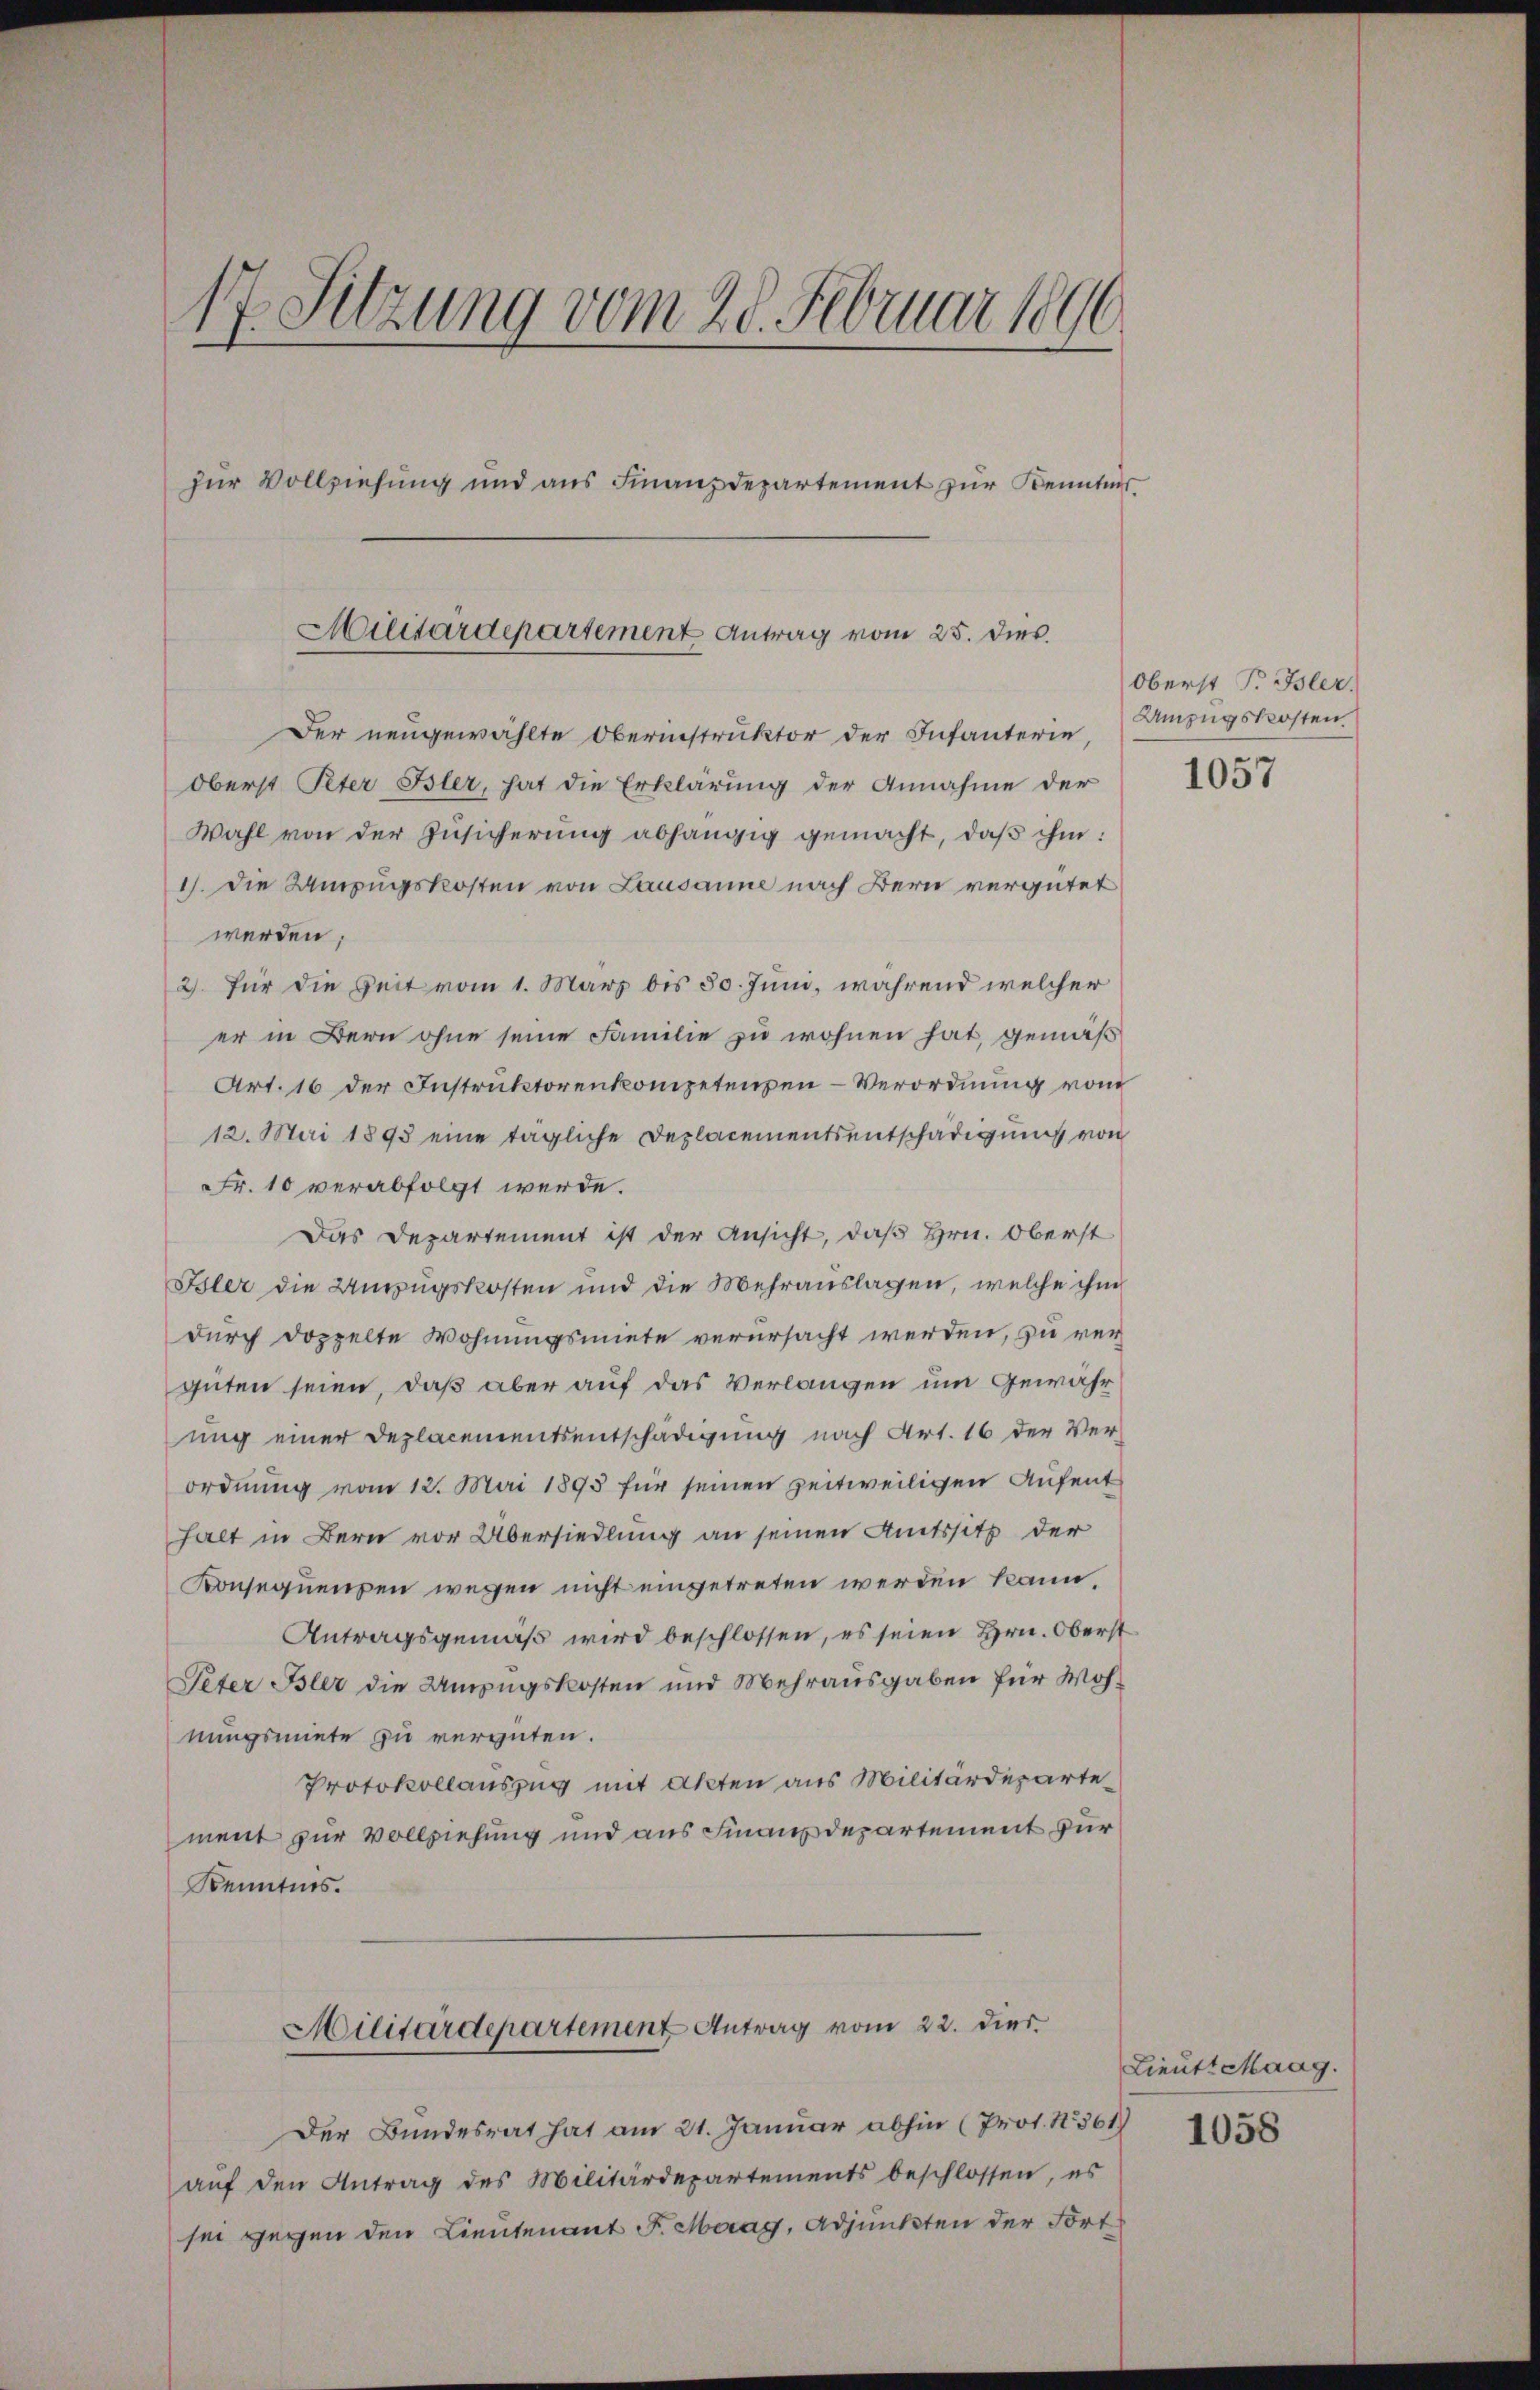
17. Sitzung vom 28. Februar 1896
zur Vollziehung und aus Finanzdepartement zur Kenntnis
Militärdepartement Antrag vom 25. dies.

Der neugewählte Oberinstruktor der Infanterie,
Oberst Peter Bler, hat die Erklärung der Annahme der
Wahl von der Zŭsicherŭng abhängig gemacht, daβ ihm:
1). Die Umzugskosten von Lausanne nach Bern vergütet
werden;
2) für die Zeit vom 1. März bis 50. Juni, während welcher
er in Bern ohne seine Familie zu wohnen hat, gemäß
Art. 16 der Instruktorenkompetenzen-Verordnung vom
12. Mai 1895 eine tägliche Deplacementsentschädigung von
Fr. 10 verabfolgt werde.
Das Departement ist der Ansicht, daß Hrn. Oberst
Isler die Unzugskosten und die Mehrauslagen, welche ihm
durch doppelte Wohnungsmiete verursacht werden, zu verguten seien, daß aber auf das Verlangen um Gewahr
ung einer Deplacementsentschädigung nach Art. 16 der Ver-
ordnung vom 12. Mai 1895 für seinen zeitweiligen Aufent
halt in Bern vor Übersiedlung an seinen Amtssitz der
Konsequenzen wegen nicht eingetreten werden kann,
Antragsgemäß wird beschlossen, es seien Hrn. Oberst
Peter Bler die Umzugskosten und Mehrausgaben für Wohnungsmiete zu vergüten.
Protokollauszug mit Akten aus Militärdeparte
ment zur Vollziehung und aus Finanzdepartement zur
Kenntnis.
Militärdepartement Antrag vom 22. dies
Der Bundesrat hat am 21. Januar abhin (Prot. N. 361)
aŭf den Antrag des Militärdepartements beschlossen, es
sei gegen den Lieutenant F. Meray, Adjunkten der Fort

Oberst T. Isler.
Umzugskosten.

1057

Lieutt Maag.
1058